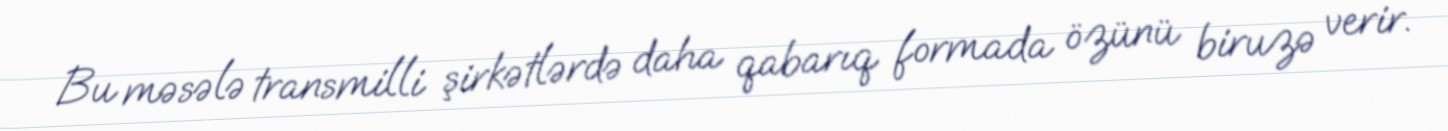
Bu məsələ transmilli şirkətlərdə daha qabarıq formada özünü biruzə verir.